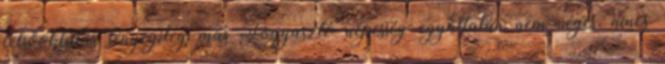
felsőoktatás lényegileg más Fogyasztó népesség egyáltalán nem véges, nincs